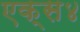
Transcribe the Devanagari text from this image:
एक्स४